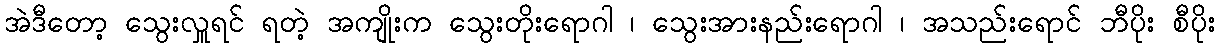
အဲဒီတော့ သွေးလှူရင် ရတဲ့ အကျိုးက သွေးတိုးရောဂါ ၊ သွေးအားနည်းရောဂါ ၊ အသည်းရောင် ဘီပိုး စီပိုး